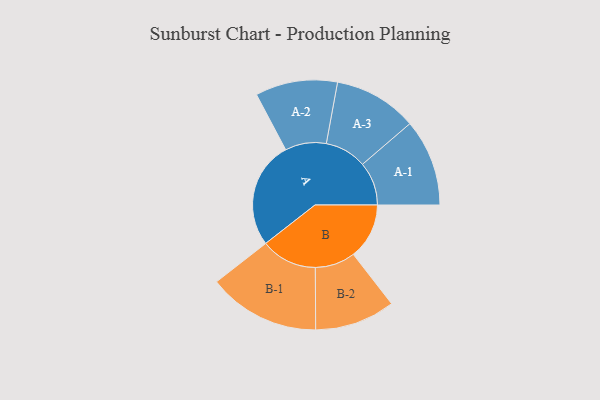
{"axis": {"x": "Segment", "y": "Value"}, "legend": ["", "A", "B"], "data": [{"x": "A", "y": 485, "type": ""}, {"x": "B", "y": 253, "type": ""}, {"x": "A-1", "y": 197, "type": "A"}, {"x": "A-2", "y": 186, "type": "A"}, {"x": "A-3", "y": 189, "type": "A"}, {"x": "B-1", "y": 254, "type": "B"}, {"x": "B-2", "y": 182, "type": "B"}]}